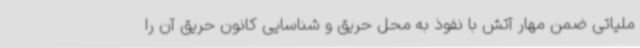
ملیاتی ضمن مهار آتش با نفوذ به محل حریق و شناسایی کانون حریق آن را